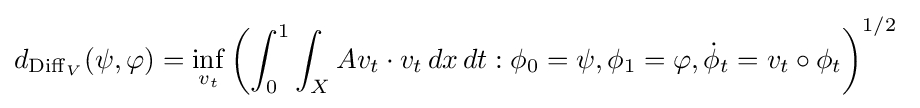
d_{\mathrm {Diff} _{V}}(\psi ,\varphi )=\inf _{v_{t}}\left(\int _{0}^{1}\int _{X}Av_{t}\cdot v_{t}\,dx\,dt:\phi _{0}=\psi ,\phi _{1}=\varphi ,{\dot {\phi }}_{t}=v_{t}\circ \phi _{t}\right)^{1/2}\